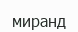
миранд